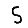
Digit: 5